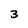
Character: 3